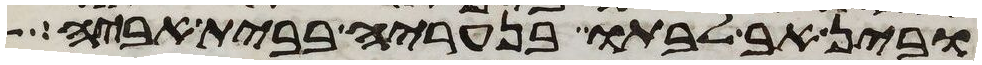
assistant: ובין אב לבתו בנעריה בבית אביה